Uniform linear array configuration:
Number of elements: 32
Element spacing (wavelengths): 0.25
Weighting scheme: exponential
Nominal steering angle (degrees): -15
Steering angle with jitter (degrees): -13.966
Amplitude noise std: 0.05
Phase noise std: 0.05

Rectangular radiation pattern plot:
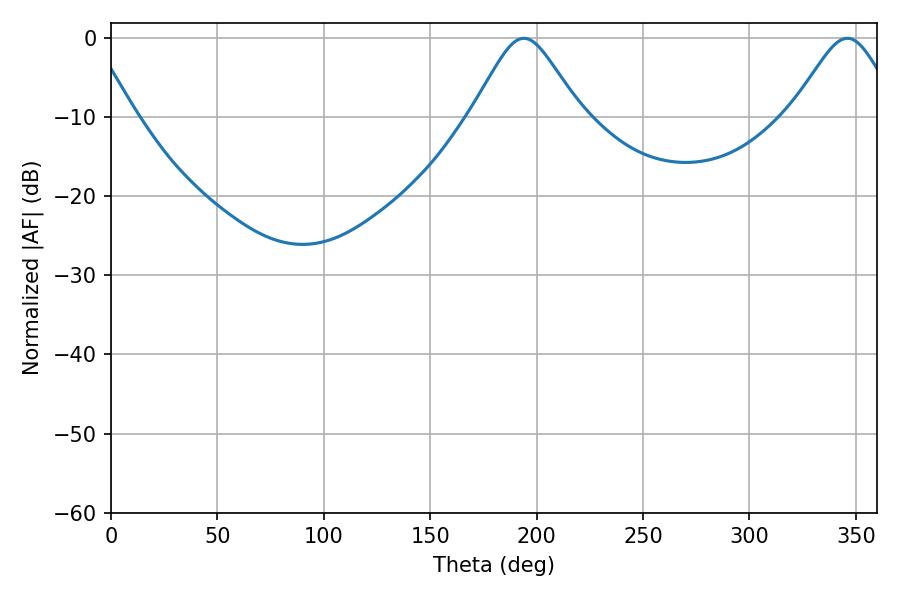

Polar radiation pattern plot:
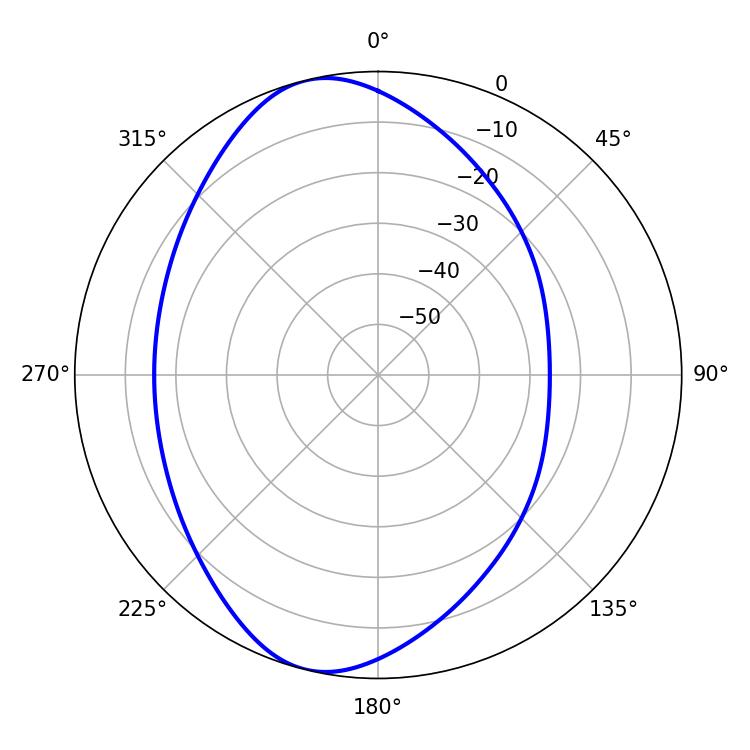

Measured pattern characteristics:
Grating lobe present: FALSE
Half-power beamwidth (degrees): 24.66
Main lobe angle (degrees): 194.04